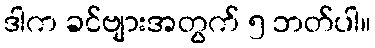
ဒါက ခင်ဗျားအတွက် ၅ ဘတ်ပါ။